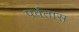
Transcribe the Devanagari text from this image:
पर्वतास